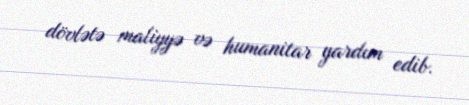
dövlətə maliyyə və humanitar yardım edib.